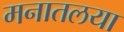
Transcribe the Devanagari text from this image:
मनातलया